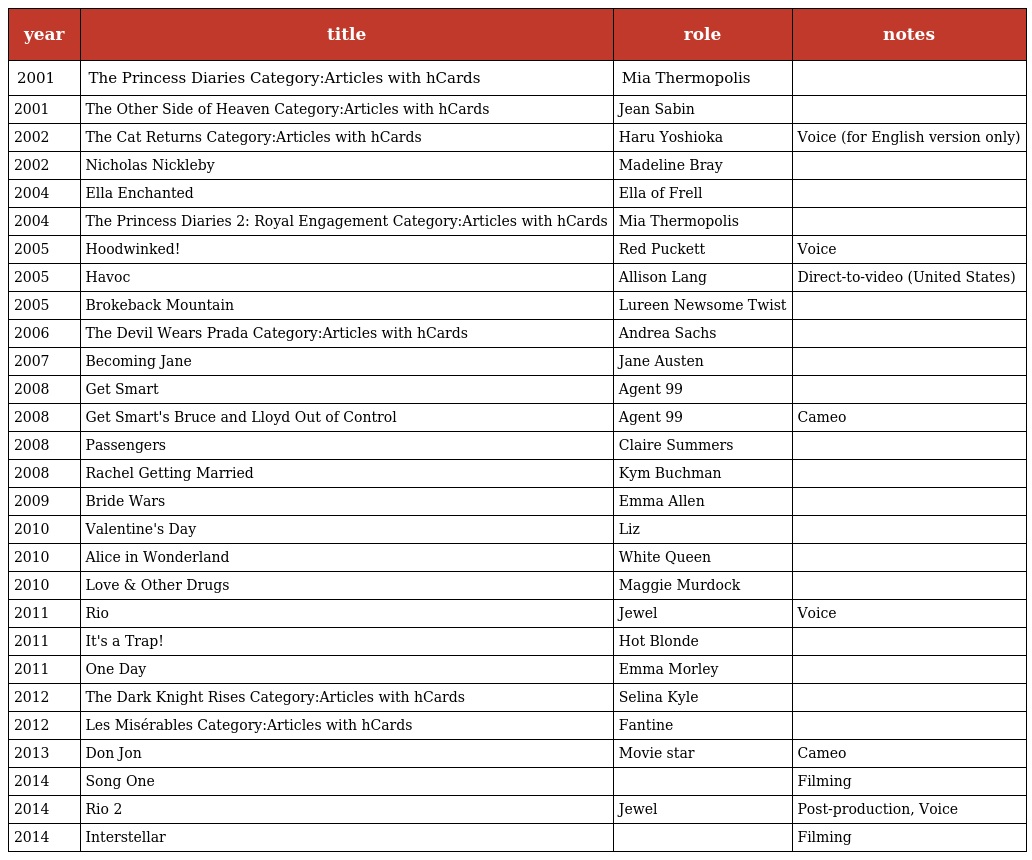
| year | title | role | notes |
 | --- | --- | --- | --- |
 | 2001 | The Princess Diaries Category:Articles with hCards | Mia Thermopolis |  |
 | 2001 | The Other Side of Heaven Category:Articles with hCards | Jean Sabin |  |
 | 2002 | The Cat Returns Category:Articles with hCards | Haru Yoshioka | Voice (for English version only) |
 | 2002 | Nicholas Nickleby | Madeline Bray |  |
 | 2004 | Ella Enchanted | Ella of Frell |  |
 | 2004 | The Princess Diaries 2: Royal Engagement Category:Articles with hCards | Mia Thermopolis |  |
 | 2005 | Hoodwinked! | Red Puckett | Voice |
 | 2005 | Havoc | Allison Lang | Direct-to-video (United States) |
 | 2005 | Brokeback Mountain | Lureen Newsome Twist |  |
 | 2006 | The Devil Wears Prada Category:Articles with hCards | Andrea Sachs |  |
 | 2007 | Becoming Jane | Jane Austen |  |
 | 2008 | Get Smart | Agent 99 |  |
 | 2008 | Get Smart's Bruce and Lloyd Out of Control | Agent 99 | Cameo |
 | 2008 | Passengers | Claire Summers |  |
 | 2008 | Rachel Getting Married | Kym Buchman |  |
 | 2009 | Bride Wars | Emma Allen |  |
 | 2010 | Valentine's Day | Liz |  |
 | 2010 | Alice in Wonderland | White Queen |  |
 | 2010 | Love & Other Drugs | Maggie Murdock |  |
 | 2011 | Rio | Jewel | Voice |
 | 2011 | It's a Trap! | Hot Blonde |  |
 | 2011 | One Day | Emma Morley |  |
 | 2012 | The Dark Knight Rises Category:Articles with hCards | Selina Kyle |  |
 | 2012 | Les Misérables Category:Articles with hCards | Fantine |  |
 | 2013 | Don Jon | Movie star | Cameo |
 | 2014 | Song One |  | Filming |
 | 2014 | Rio 2 | Jewel | Post-production, Voice |
 | 2014 | Interstellar |  | Filming |